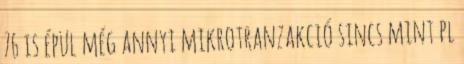
76 is épül még annyi mikrotranzakció sincs mint pl